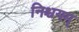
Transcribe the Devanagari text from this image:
निश्चयम्